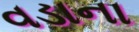
વડાના